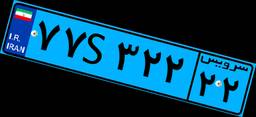
۷۷S۳۲۲۲۲